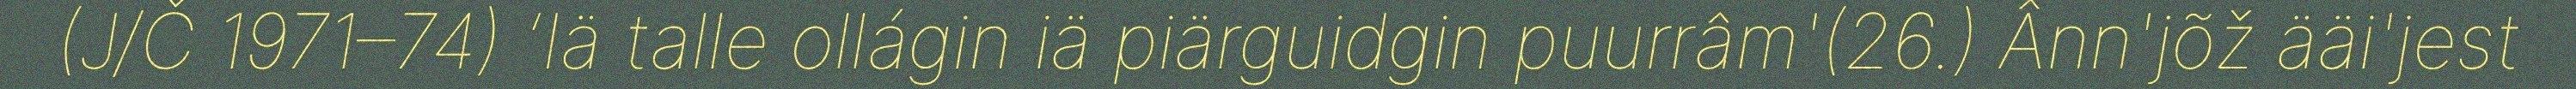
(J/Č 1971–74) ‘Iä talle ollágin iä piärguidgin puurrâm'(26.) Ânn'jõž ääi'jest